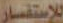
للاستفسار